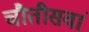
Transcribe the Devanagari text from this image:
चौतीसवां